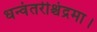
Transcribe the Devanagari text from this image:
धन्वंतरीश्चंद्रमा।